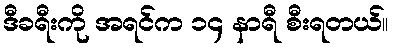
ဒီခရီးကို အရင်က ၁၄ နာရီ စီးရတယ်။